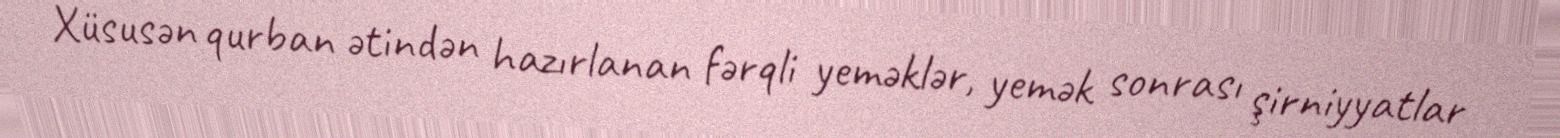
Xüsusən qurban ətindən hazırlanan fərqli yeməklər, yemək sonrası şirniyyatlar